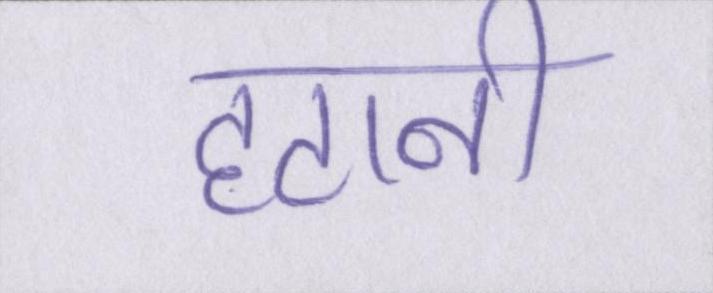
हटानी